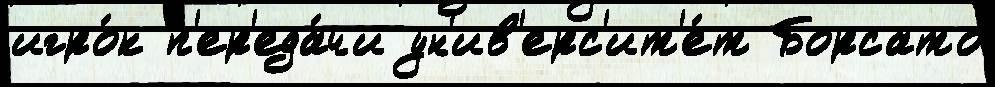
игро́к п'ер'еда́чи ун'ив'ерс'ит'е́т Борсато